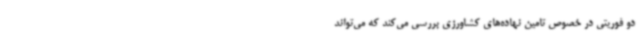
دو فوریتی در خصوص تامین نهاده‌های کشاورزی بررسی می‌کند که می‌تواند